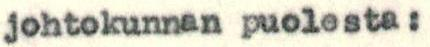
johtokunnan puolesta: